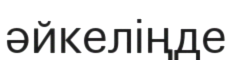
әйкеліңде